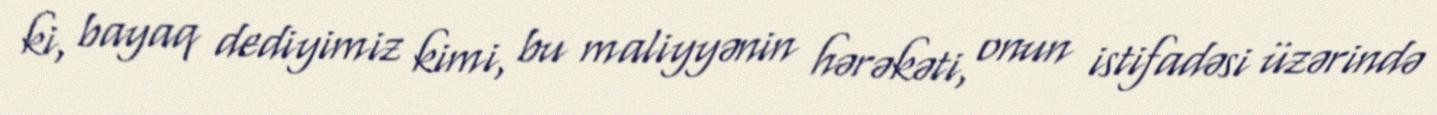
ki, bayaq dediyimiz kimi, bu maliyyənin hərəkəti, onun istifadəsi üzərində